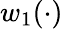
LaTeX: w_{1}(\cdot)